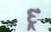
દૂ